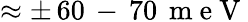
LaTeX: \approx\pm\, 60\, -\, 70\, \mathrm{~m~e~V~}